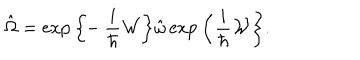
LaTeX: \hat { \Omega } = \exp \bigg \{ \! \! - \frac { i } { \hbar } { \cal W } \bigg \} \hat { \omega } \exp \bigg \{ \frac { i } { \hbar } { \cal W } \bigg \} .